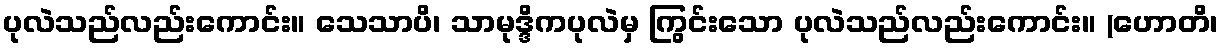
ပုလဲသည်လည်းကောင်း။ သေသာပိ၊ သာမုဒ္ဒိကပုလဲမှ ကြွင်းသော ပုလဲသည်လည်းကောင်း။ (ဟောတိ၊